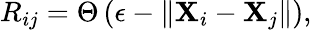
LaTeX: R_{ij}=\Theta\left(\epsilon-\left\| \mathbf{X}_{i}-\mathbf{X}_{j}\right\| \right),